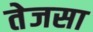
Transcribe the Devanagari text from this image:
तेजसा